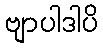
ဗျာပါဒါပိ